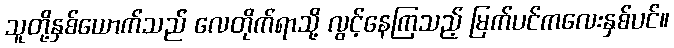
သူတို့နှစ်ယောက်သည် လေတိုက်ရာသို့ လွင့်နေကြသည့် မြက်ပင်ကလေးနှစ်ပင်။